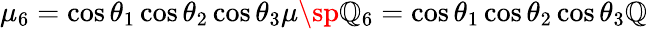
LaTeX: \mu_{6}=\cos\theta_{1}\cos\theta_{2}\cos\theta_{3}\mu\sp\mathbb{Q}_{6}=\cos\theta_{1}\cos\theta_{2}\cos\theta_{3}\mathbb{Q}